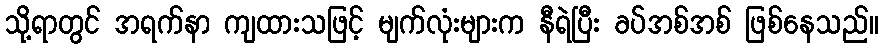
သို့ရာတွင် အရက်နာ ကျထားသဖြင့် မျက်လုံးများက နီရဲပြီး ခပ်အစ်အစ် ဖြစ်နေသည်။